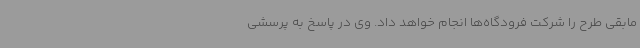
مابقی طرح را شرکت فرودگاه‌ها انجام خواهد داد. وی در پاسخ به پرسشی